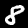
Label: 8